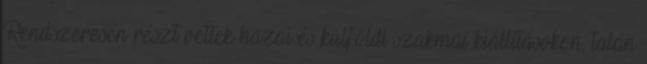
Rendszeresen részt vettek hazai és külföldi szakmai kiállításokon, talán